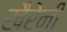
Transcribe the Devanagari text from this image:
खैरेनी